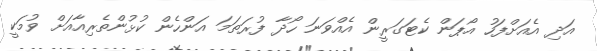
އަދި އެއަށްފަހު އޯޕަން ކެޓަގަރީން އެއްވަނަ ހޯދާ ފުރަތަމަ އަންހެން ކުޅުންތެރިއާއަށް ވުމަކީ